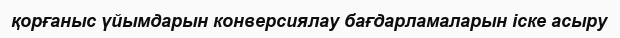
қорғаныс үйымдарын конверсиялау бағдарламаларын іске асыру